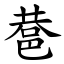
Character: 䢽